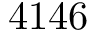
4 1 4 6